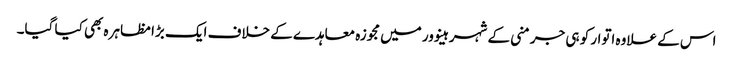
اس کے علاوہ اتوار کو ہی جرمنی کے شہر ہینوور میں مجوزہ معاہدے کے خلاف ایک بڑا مظاہرہ بھی کیا گیا۔